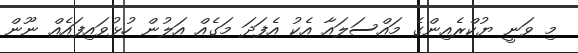
މި ވަނީ ޔުކްރެއިންގެ މައްސަލައާ އެކު އެފަދަ މަގެއް އަލުން ހުޅުވައިފައެއް ނޫން